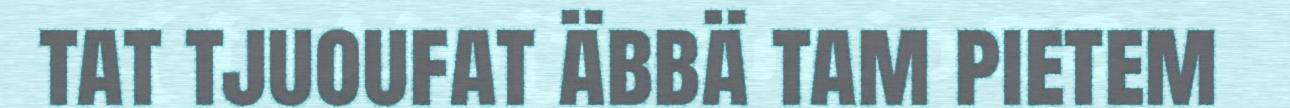
tat tjuoufat äbbä tam pietem